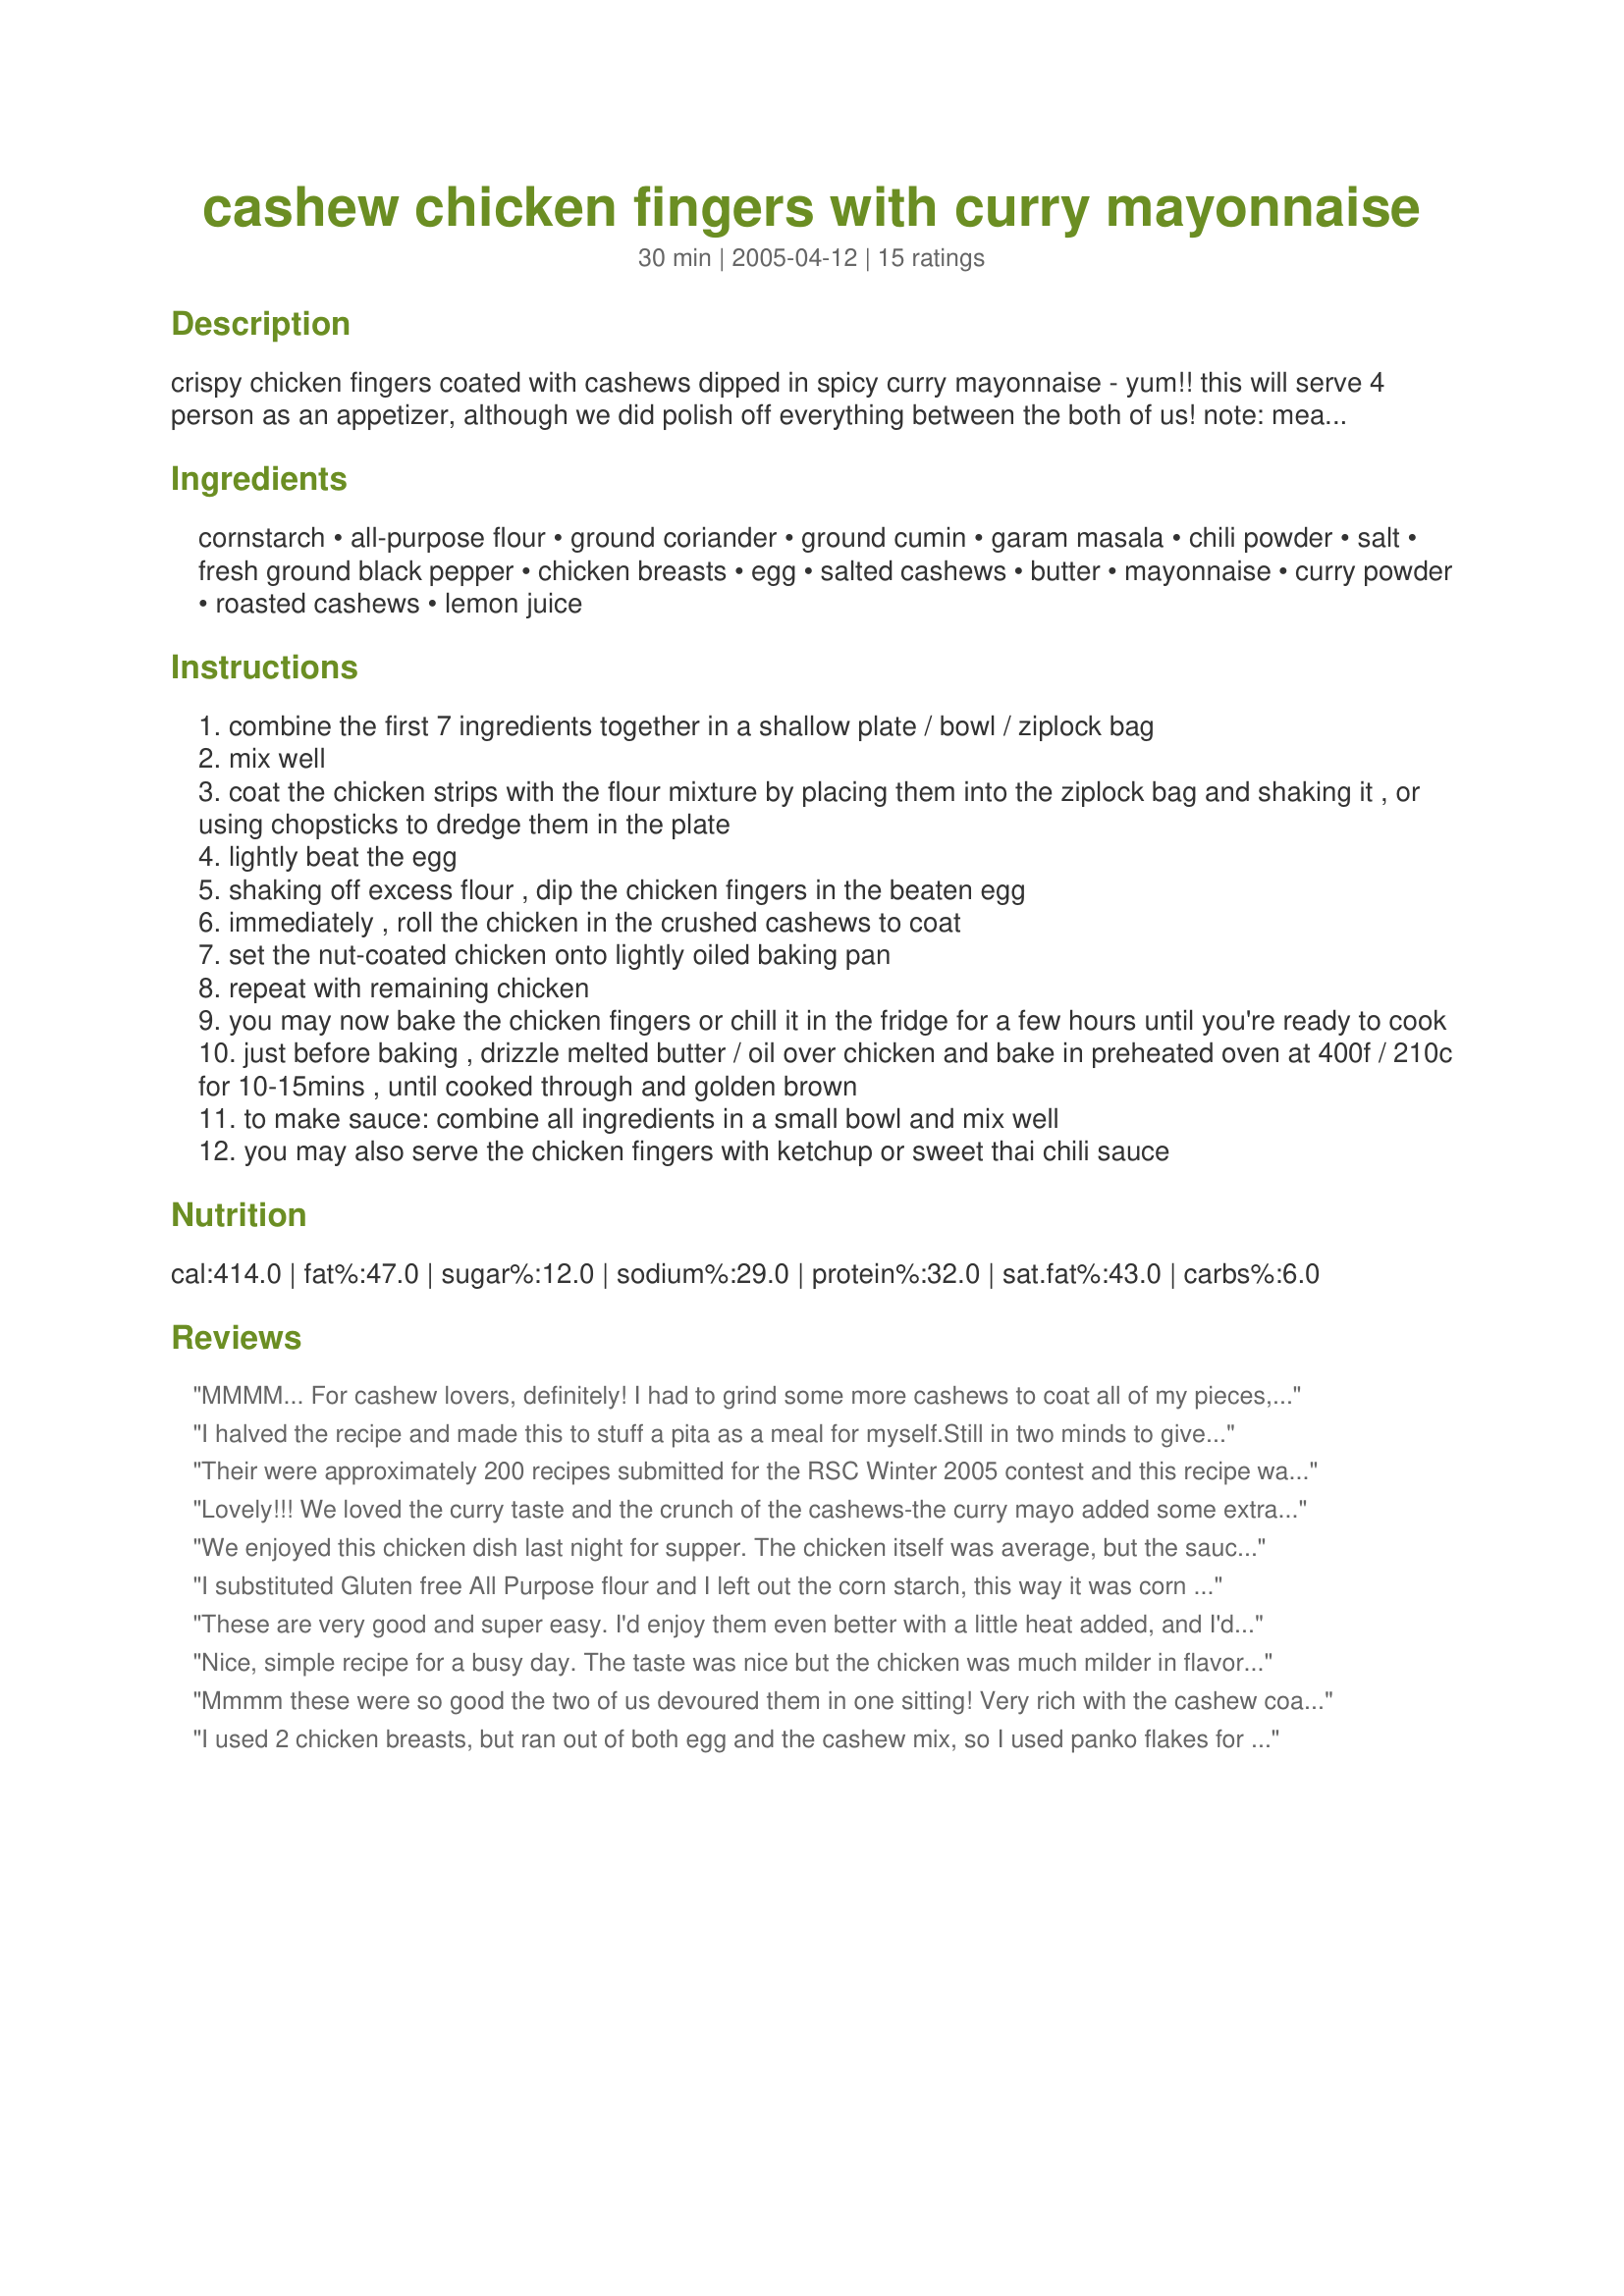
cashew chicken fingers with curry mayonnaise
Preparation time: 30 minutes

crispy chicken fingers coated with cashews dipped in spicy curry mayonnaise - yum!! this will serve 4 person as an appetizer, although we did polish off everything between the both of us! note: measure the cashews before chopping them (i use the pulse button on my tefal grinder). i find it's easier to use a pair of chopsticks to roll the chicken in chopped nuts, then transfer to baking pan.

Ingredients:
cornstarch, all-purpose flour, ground coriander, ground cumin, garam masala, chili powder, salt, fresh ground black pepper, chicken breasts, egg, salted cashews, butter, mayonnaise, curry powder, roasted cashews, lemon juice

Steps:
combine the first 7 ingredients together in a shallow plate / bowl / ziplock bag
mix well
coat the chicken strips with the flour mixture by placing them into the ziplock bag and shaking it , or using chopsticks to dredge them in the plate
lightly beat the egg
shaking off excess flour , dip the chicken fingers in the beaten egg
immediately , roll the chicken in the crushed cashews to coat
set the nut-coated chicken onto lightly oiled baking pan
repeat with remaining chicken
you may now bake the chicken fingers or chill it in the fridge for a few hours until you're ready to cook
just before baking , drizzle melted butter / oil over chicken and bake in preheated oven at 400f / 210c for 10-15mins , until cooked through and golden brown
to make sauce: combine all ingredients in a small bowl and mix well
you may also serve the chicken fingers with ketchup or sweet thai chili sauce

Reviews:
MMMM... For cashew lovers, definitely! I had to grind some more cashews to coat all of my pieces, using 3/4 cup all in all.
I halved the recipe and made this to stuff a pita as a meal for myself.Still in two minds to give this 4 or 5 stars. The reason for that is that the chicken pieces had a less spiced flavour then I expected. The curried mayonaise was definately a winner, it lifted the flavours, and the added cashews gave it nice texture...
Their were approximately 200 recipes submitted for the RSC Winter 2005 contest and this recipe was my third choice to make and review. This recipe is absolutely, positively 5 STAR! I would not be surprised if MacDonald or Berger King gives you a call in the near future! I plan on making this appetizer again... Thank you!
Lovely!!! We loved the curry taste and the crunch of the cashews-the curry mayo added some extra zing.This would be a tasty addition to a finger-food platter and we'll definitely make them again.
We enjoyed this chicken dish last night for supper. The chicken itself was average, but the sauce was superb. We just loved the taste!
I substituted Gluten free All Purpose flour and I left out the corn starch, this way it was corn and wheat free. My 10 year old and 8 year old loved everything! Watermelon, Thank-you, being able to give my kids a chicken finger meal that was totally satisfying to them brought tears to my eyes.
These are very good and super easy. I'd enjoy them even better with a little heat added, and I'd probably add a little cayenne the next time. Very nice entry for RSC!
Nice, simple recipe for a busy day. The taste was nice but the chicken was much milder in flavor than expected from the coating ingredients. And I did not find in the instructions what to do with the ground black pepper. I made 7 chicken tenders and while the flour mixture and egg were fine, I needed an extra 1/3C of crushed cashews to coat them all. The curry mayonnaise is quite flavorful and goes very well with the chicken. I did forget the lemon juice in the mayonnaise but it was fine. I'm sure we will be eating this again. Thanks.
Mmmm these were so good the two of us devoured them in one sitting! Very rich with the cashew coating and a nice bite from the curry. Just one little goof up, the pepper should have been added to the first ingredients to be combined for the coating. The instructions say to combine the first 7 ingredients, it should have been the first 8 to include the pepper as it is not mentioned anywhere else to add. In any case they are delicious and the instructions were easy to figure out and follow. I put them together in the morning and left them in the fridge 'til supper time, also made the sauce early, it had time to mellow. Can see why these made the finals, very good, thanks for a good one and good luck in the contest.
I used 2 chicken breasts, but ran out of both egg and the cashew mix, so I used panko flakes for the remaining pieces, a substitution which would have easily made this a 5+ star recipe for me. I omitted the cashews from the sauce as it was just perfect without them and prepped the whole thing about midday for tonight's dinner. A repeater for sure with my modifications, thank you!
These were really delicious! I followed this recipe exactly, but I also did not have the garam masala, so I used a little Five Spice. I ground my cashews finely and added about 1/3 C of Panko bread crumbs. 

I made the curry mayonnaise, but I, too, added some sweet hot mustard (to taste).

This will be a favorite dish of ours; I like this better than any chicken finger recipe I have tried. Also, I had plenty left over; I placed them in a zip lock bag and we had them the next night (I just reheated them in the toaster oven so they would stay crisp). Try these; you'll love them!
This was an interesting use of the contest ingredients. I only got 6 chicken fingers from this recipe but prehaps I did not chop the nuts finely enough. I left out the garam masala as I have never heard of the stuff. I also think I would leave the cashews out of the dipping sauce as they were not necessary with the coating made of nuts. Using the chopsticks for coating the chicken pieces was a very useful tip, thanks!
The curry mayonnaise would have been nice with a bit of mustard and honey added to it. I found the flour mixture to be twice the amount I needed and the cashews I was short on so I added the remaining flour to the cashews to make to coat all the pieces. I did refrigerate the breaded chicken and it did adhere with no problem while baking. Crunchy and full of flavor. Quick and easy.
These were good, we followed the recipe exactly. I felt that the only problem was that the chicken fingers dried out a bit in the oven. Everyone agreed that they would have been amazing had they been fried in oil. I also thought that they tasted better the next day, cold from the fridge.
I think we have a winner here. This stays crunchier if the cashews are crushed, as with a mallet leaving small pieces of nuts, and not ground, as with a food processor. (I experimented with both.) I tried some of the chicken with the final drizzle of butter and some without. The butter also helps to make the coating crisp and encourages it to brown so it shouldn't be skipped unless you're willing to sacrifice appearance and some crunch. The curry mayonnaise was very pleasant. I liked being able to prepare this early in the day and then just pop it in the oven in the evening.
